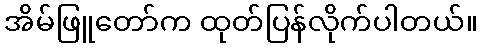
အိမ်ဖြူတော်က ထုတ်ပြန်လိုက်ပါတယ်။